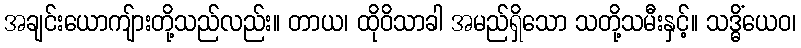
အချင်းယောကျ်ားတို့သည်လည်း။ တာယ၊ ထိုဝိသာခါ အမည်ရှိသော သတို့သမီးနှင့်။ သဒ္ဓိံယေဝ၊